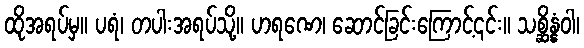
ထိုအရပ်မှ။ ပရံ၊ တပါးအရပ်သို့။ ဟရဏေ၊ ဆောင်ခြင်းကြောင့်၎င်း။ သစ္ဆိန္နံဝါ၊